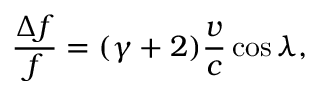
\frac { \Delta f } { f } = ( \gamma + 2 ) \frac { v } { c } \cos \lambda ,